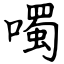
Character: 噣